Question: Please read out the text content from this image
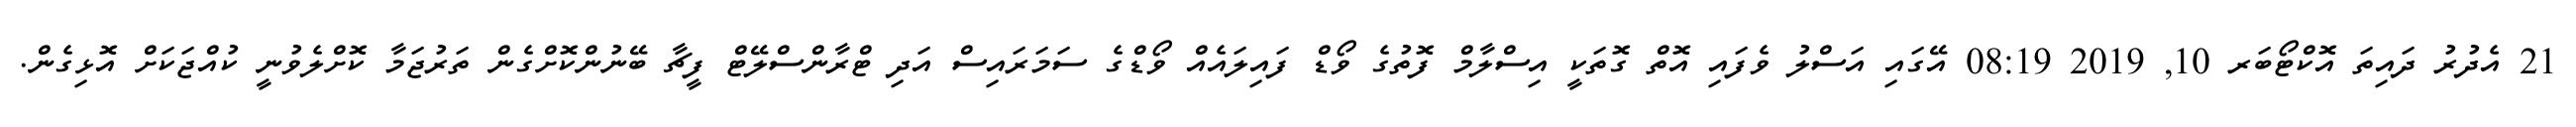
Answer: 21 އެދުރު ދައިތަ އޮކްޓޯބަރ 10, 2019 08:19 އޭގައި އަސްލު ވެފައި އޮތް ގޮތަކީ އިސްލާމް ފޮތުގެ ވޯޑް ފައިލައެއް ވޯޑްގެ ސަމަރައިސް އަދި ޓްރާންސްލޭޓް ފީޗާ ބޭނުންކޮށްގެން ތަރުޖަމާ ކޮށްލެވުނީ ކުއްޖަކަށް އޮޅިގެން.